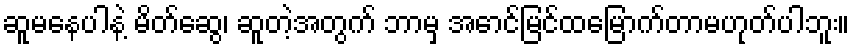
ဆူမနေပါနဲ့ မိတ်ဆွေ၊ ဆူတဲ့အတွက် ဘာမှ အောင်မြင်ထမြောက်တာမဟုတ်ပါဘူး။